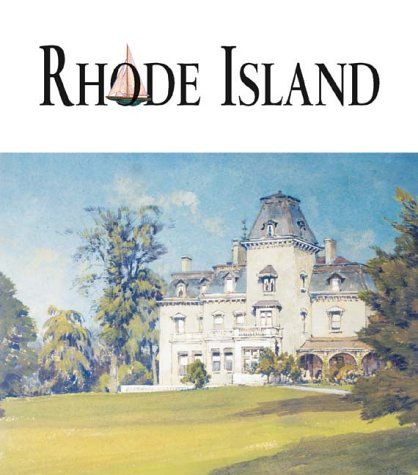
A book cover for Art of the State: Rhode Island; Paula M. Bodah; Travel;